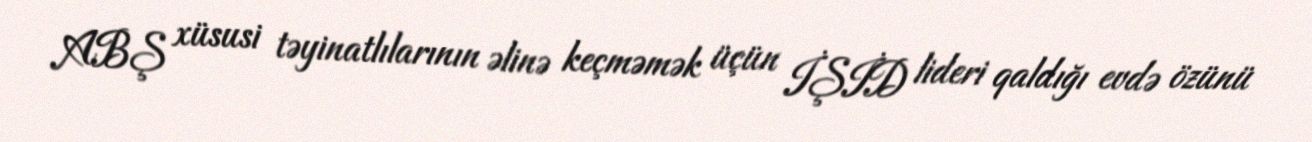
ABŞ xüsusi təyinatlılarının əlinə keçməmək üçün İŞİD lideri qaldığı evdə özünü